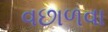
વછાળવા